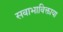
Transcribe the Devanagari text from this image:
सवाभाविक्ताया